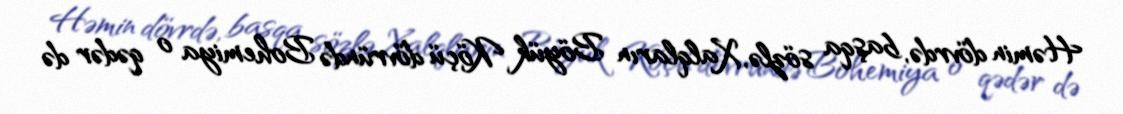
Həmin dövrdə, başqa sözlə, Xalqların Böyük Köçü dövründə Bohemiya o qədər də